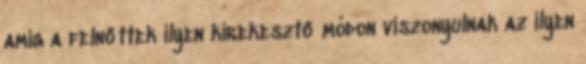
amíg a felnőttek ilyen kirekesztő módon viszonyulnak az ilyen